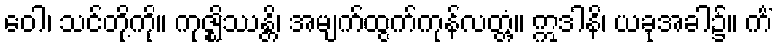
ဝေါ၊ သင်တို့ကို။ ကုဇ္ဈိဿန္တိ၊ အမျက်ထွက်ကုန်လတ္တံ့။ ဣဒါနိ၊ ယခုအခါ၌။ ကိံ